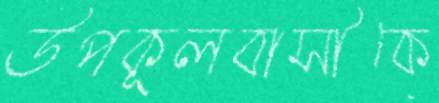
উপকূলবাসীকে